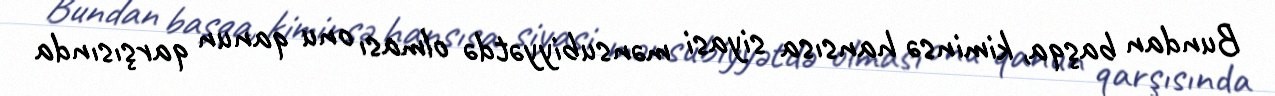
Bundan başqa, kiminsə hansısa siyasi mənsubiyyətdə olması onu qanun qarşısında